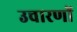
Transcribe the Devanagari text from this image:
उचारणों